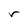
Character: r